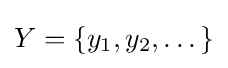
Y=\{y_{1},y_{2},\dots \}